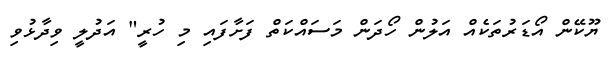
ޔޫކޭން އޯޑަރުތަކެއް އަލުން ހޯދަން މަސައްކަތް ފަށާފައި މި ހުރީ" އަދުލީ ވިދާޅުވި